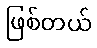
ဖြစ်တယ်